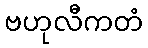
ဗဟုလီကတံ